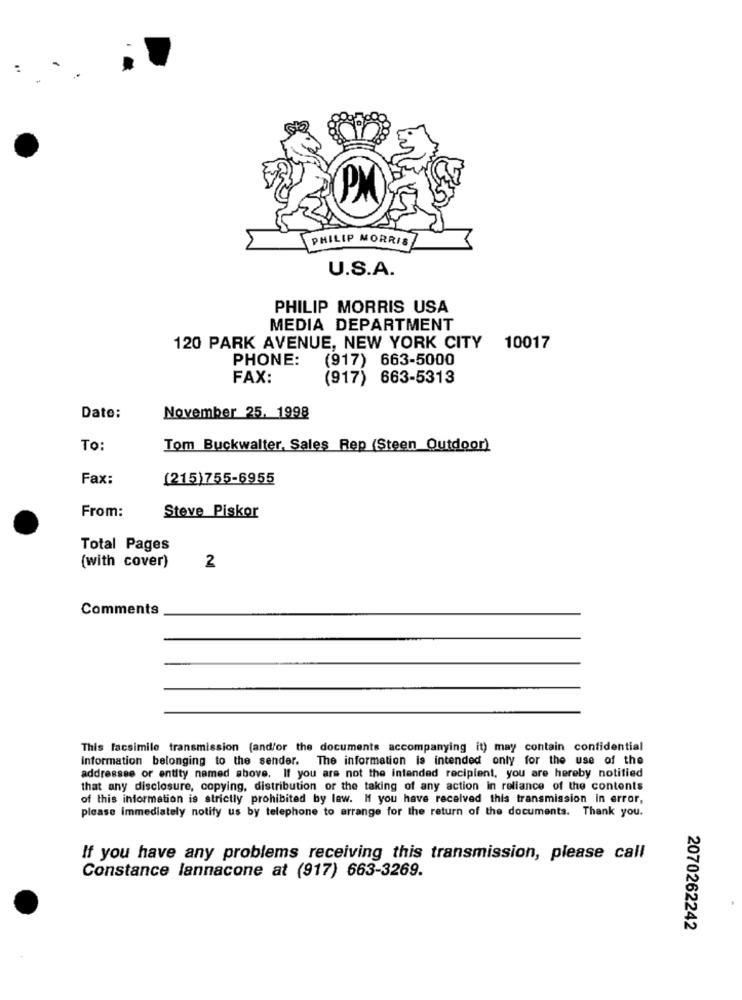
PHILIP MORRIS
U.S.A.
PHILIP MORRIS USA
MEDIA DEPARTMENT
120 PARK AVENUE, NEW YORK CITY
10017
PHONE:
(917) 663-5000
FAX:
(917) 663-5313
Date:
November 25. 1998
To:
Tom Buckwalter, Sales Rep (Steen Outdoor)
Fax:
(215)755-6955
From:
Steve Piskor
Total Pages
(with cover)
2
Comments
This facsimile transmission (and/or the documents accompanying it) may contain confidential
Information belonging to the sender. The information is intended only for the use of the
addressee or entity named above. If you are not the intended recipient, you are hereby notified
that any disclosure, copying, distribution or the taking of any action in reliance of the contents
of this information is strictly prohibited by law. If you have received this transmission in error,
please immediately notify us by telephone to arrange for the return of the documents. Thank you.
If you have any problems receiving this transmission, please call
Constance lannacone at (917) 663-3269.
2070262242